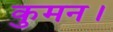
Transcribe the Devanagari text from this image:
कुमन।